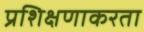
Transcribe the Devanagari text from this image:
प्रशिक्षणाकरता